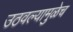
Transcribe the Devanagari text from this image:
उठवल्यामुळेच